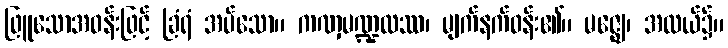
ဖြူသောအဝန်းဖြင့် ခြံရံ အပ်သော။ ကဏှမဏ္ဍလဿ၊ မျက်နက်ဝန်း၏။ မဇ္ဈေ၊ အလယ်၌။